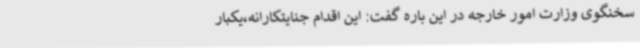
سخنگوی وزارت امور خارجه در این باره گفت: این اقدام جنایتکارانه،یکبار